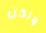
ولكن